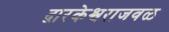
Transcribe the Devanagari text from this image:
द्वारकेश्वराजवळ